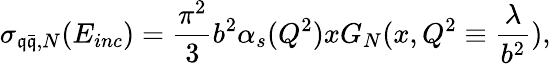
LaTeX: \sigma_{\mathfrak{q}\bar{{\mathfrak{q}}},N}(E_{inc})={\frac{{\pi^{2}}}{{3}}}b^{2}\alpha_{s}(Q^{2})xG_{N}(x,Q^{2}\equiv{\frac{{\lambda}}{{b^{2}}}}),